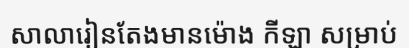
សាលារៀនតែងមានម៉ោង កីឡា សម្រាប់